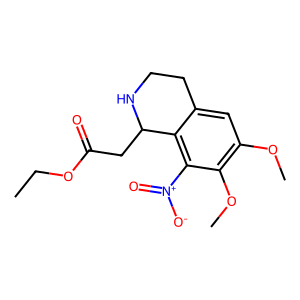
SMILES: CCOC(=O)CC1NCCc2cc(OC)c(OC)c([N+](=O)[O-])c21
Inhibits HIV replication: No